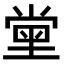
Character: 𡮝